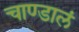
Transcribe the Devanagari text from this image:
चाण्डालं